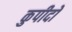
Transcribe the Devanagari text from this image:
कुपीदो